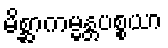
မိစ္ဆာကမ္မန္တပစ္စယာ